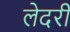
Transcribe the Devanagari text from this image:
लेदरी